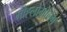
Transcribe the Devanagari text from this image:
मोह्लोमोलेंग